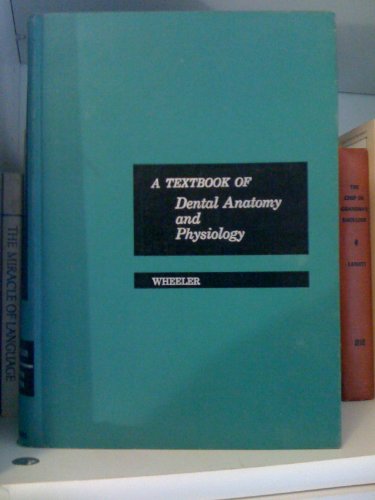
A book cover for A text-book of dental anatomy and physiology; Russell C Wheeler; Medical Books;